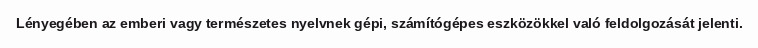
Lényegében az emberi vagy természetes nyelvnek gépi, számítógépes eszközökkel való feldolgozását jelenti.